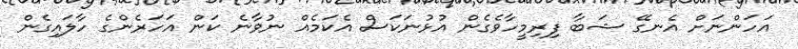
އަހަންނަށް އެނގޭ ޝަބާ ފިރިމީހާވެގެން އުޅުނަކަސް އެކަމެއް ނުވާނެ ކަން އަހަރެންގެ ހާލައިގެން